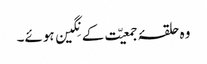
وہ حلقۂ جمعیّت کے نِگین ہوئے۔